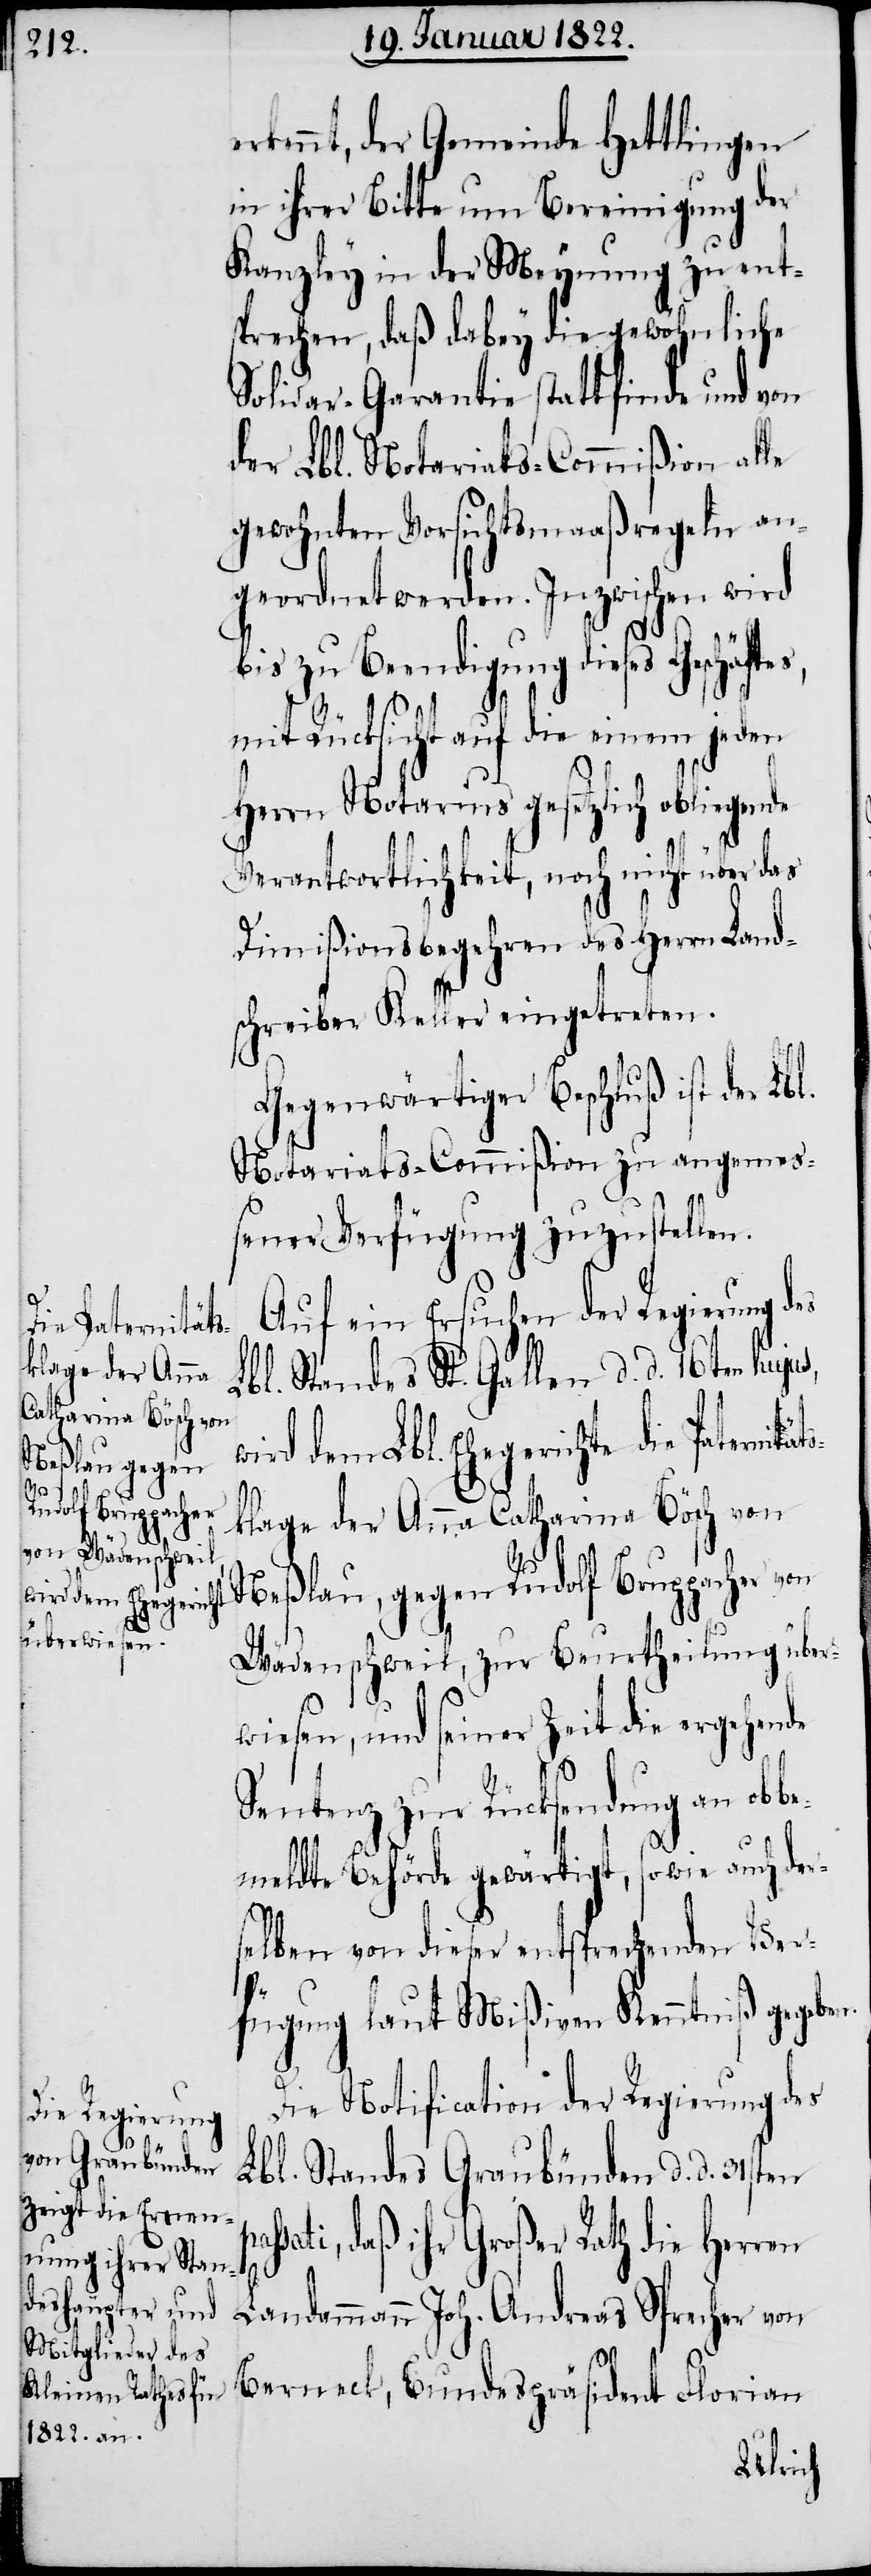
die Paternität¬
klage der Anna
Catharina Bösch von
pas¬

rkennt, der Gemeinde Hettlingen
in ihrer Bitte um Bereinigung der
Kanzley in der Meynung zu ent¬
sprechen, daß dabey die gewöhnliche
Solidar-Garantie stattfinde und von
der Lbl. Notariats-Commißion alle
gewohnten Vorsichtsmaaßregeln an¬
geordnet werden. Inzwischen wird
bis zu Beendigung dieses Geschäft¬
mit Rücksicht auf die einem jeden
Herrn Notarius gesetzlich obliegende
Verantwortlichkeit, noch nicht über das
Dimißionsbegehren des Herrn Land¬
schreiber Keller eingetreten.
Gegenwärtiger Beschluß ist der Lb¬
Notariats-Commißion zu angemeß¬
ener Verfügung zuzustellen.
Auf ein Ersuchen der Regierung des
Lbl. Standes St. Gallen d. d. 16ten huju¬
ird dem Lbl. Ehegerichte
Neßlau, gegen Rudolf Bruppacher von
Wädenschweil, zur Beurtheilung über¬
wiesen, und seiner Zeit die ergehende
Sentenz zur Rücksendung an obb¬
emeldte Behörde gewärtigt, sowie auch de¬
selben von dieser entsprechenden Ver¬
s¬
fügung laut Mißiven Kenntniß gegeben.
Die Notification der Regierung des
Lbl. Standes Graubünden d. d. 31sten
sati, daß ihr Großer Rath die Herren
Landammann Joh. Andreas Sprecher von
Berneck, Bundespräsident Florian